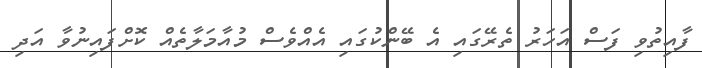
ފާއިތުވި ފަސް އަހަރު ތެރޭގައި އެ ބޭންކުގައި އެއްވެސް މުއާމަލާތެއް ކޮށްފައިނުވާ އަދި